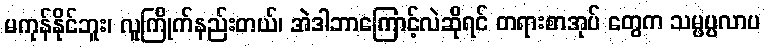
မကုန်နိုင်ဘူး၊ လူကြိုက်နည်းတယ်၊ အဲဒါဘာကြောင့်လဲဆိုရင် တရားစာအုပ် တွေက သမ္ဖပ္ပလာပ